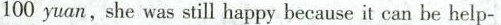
100 yuan, she was still happy because it can be help-